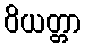
ဝိယတ္တာ